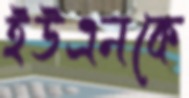
ইউএনকে